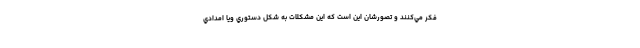
فكر مي‌كنند و تصورشان اين است كه اين مشكلات به شكل دستوري ويا امدادي